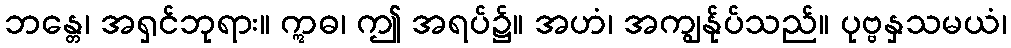
ဘန္တေ၊ အရှင်ဘုရား။ ဣဓ၊ ဤ အရပ်၌။ အဟံ၊ အကျွန်ုပ်သည်။ ပုဗ္ဗနှသမယံ၊